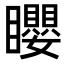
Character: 𥌽